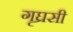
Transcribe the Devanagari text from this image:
गृघ्रसी